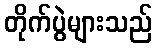
တိုက်ပွဲများသည်